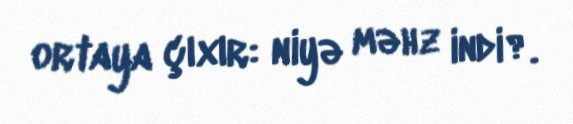
ortaya çıxır: niyə məhz indi?.